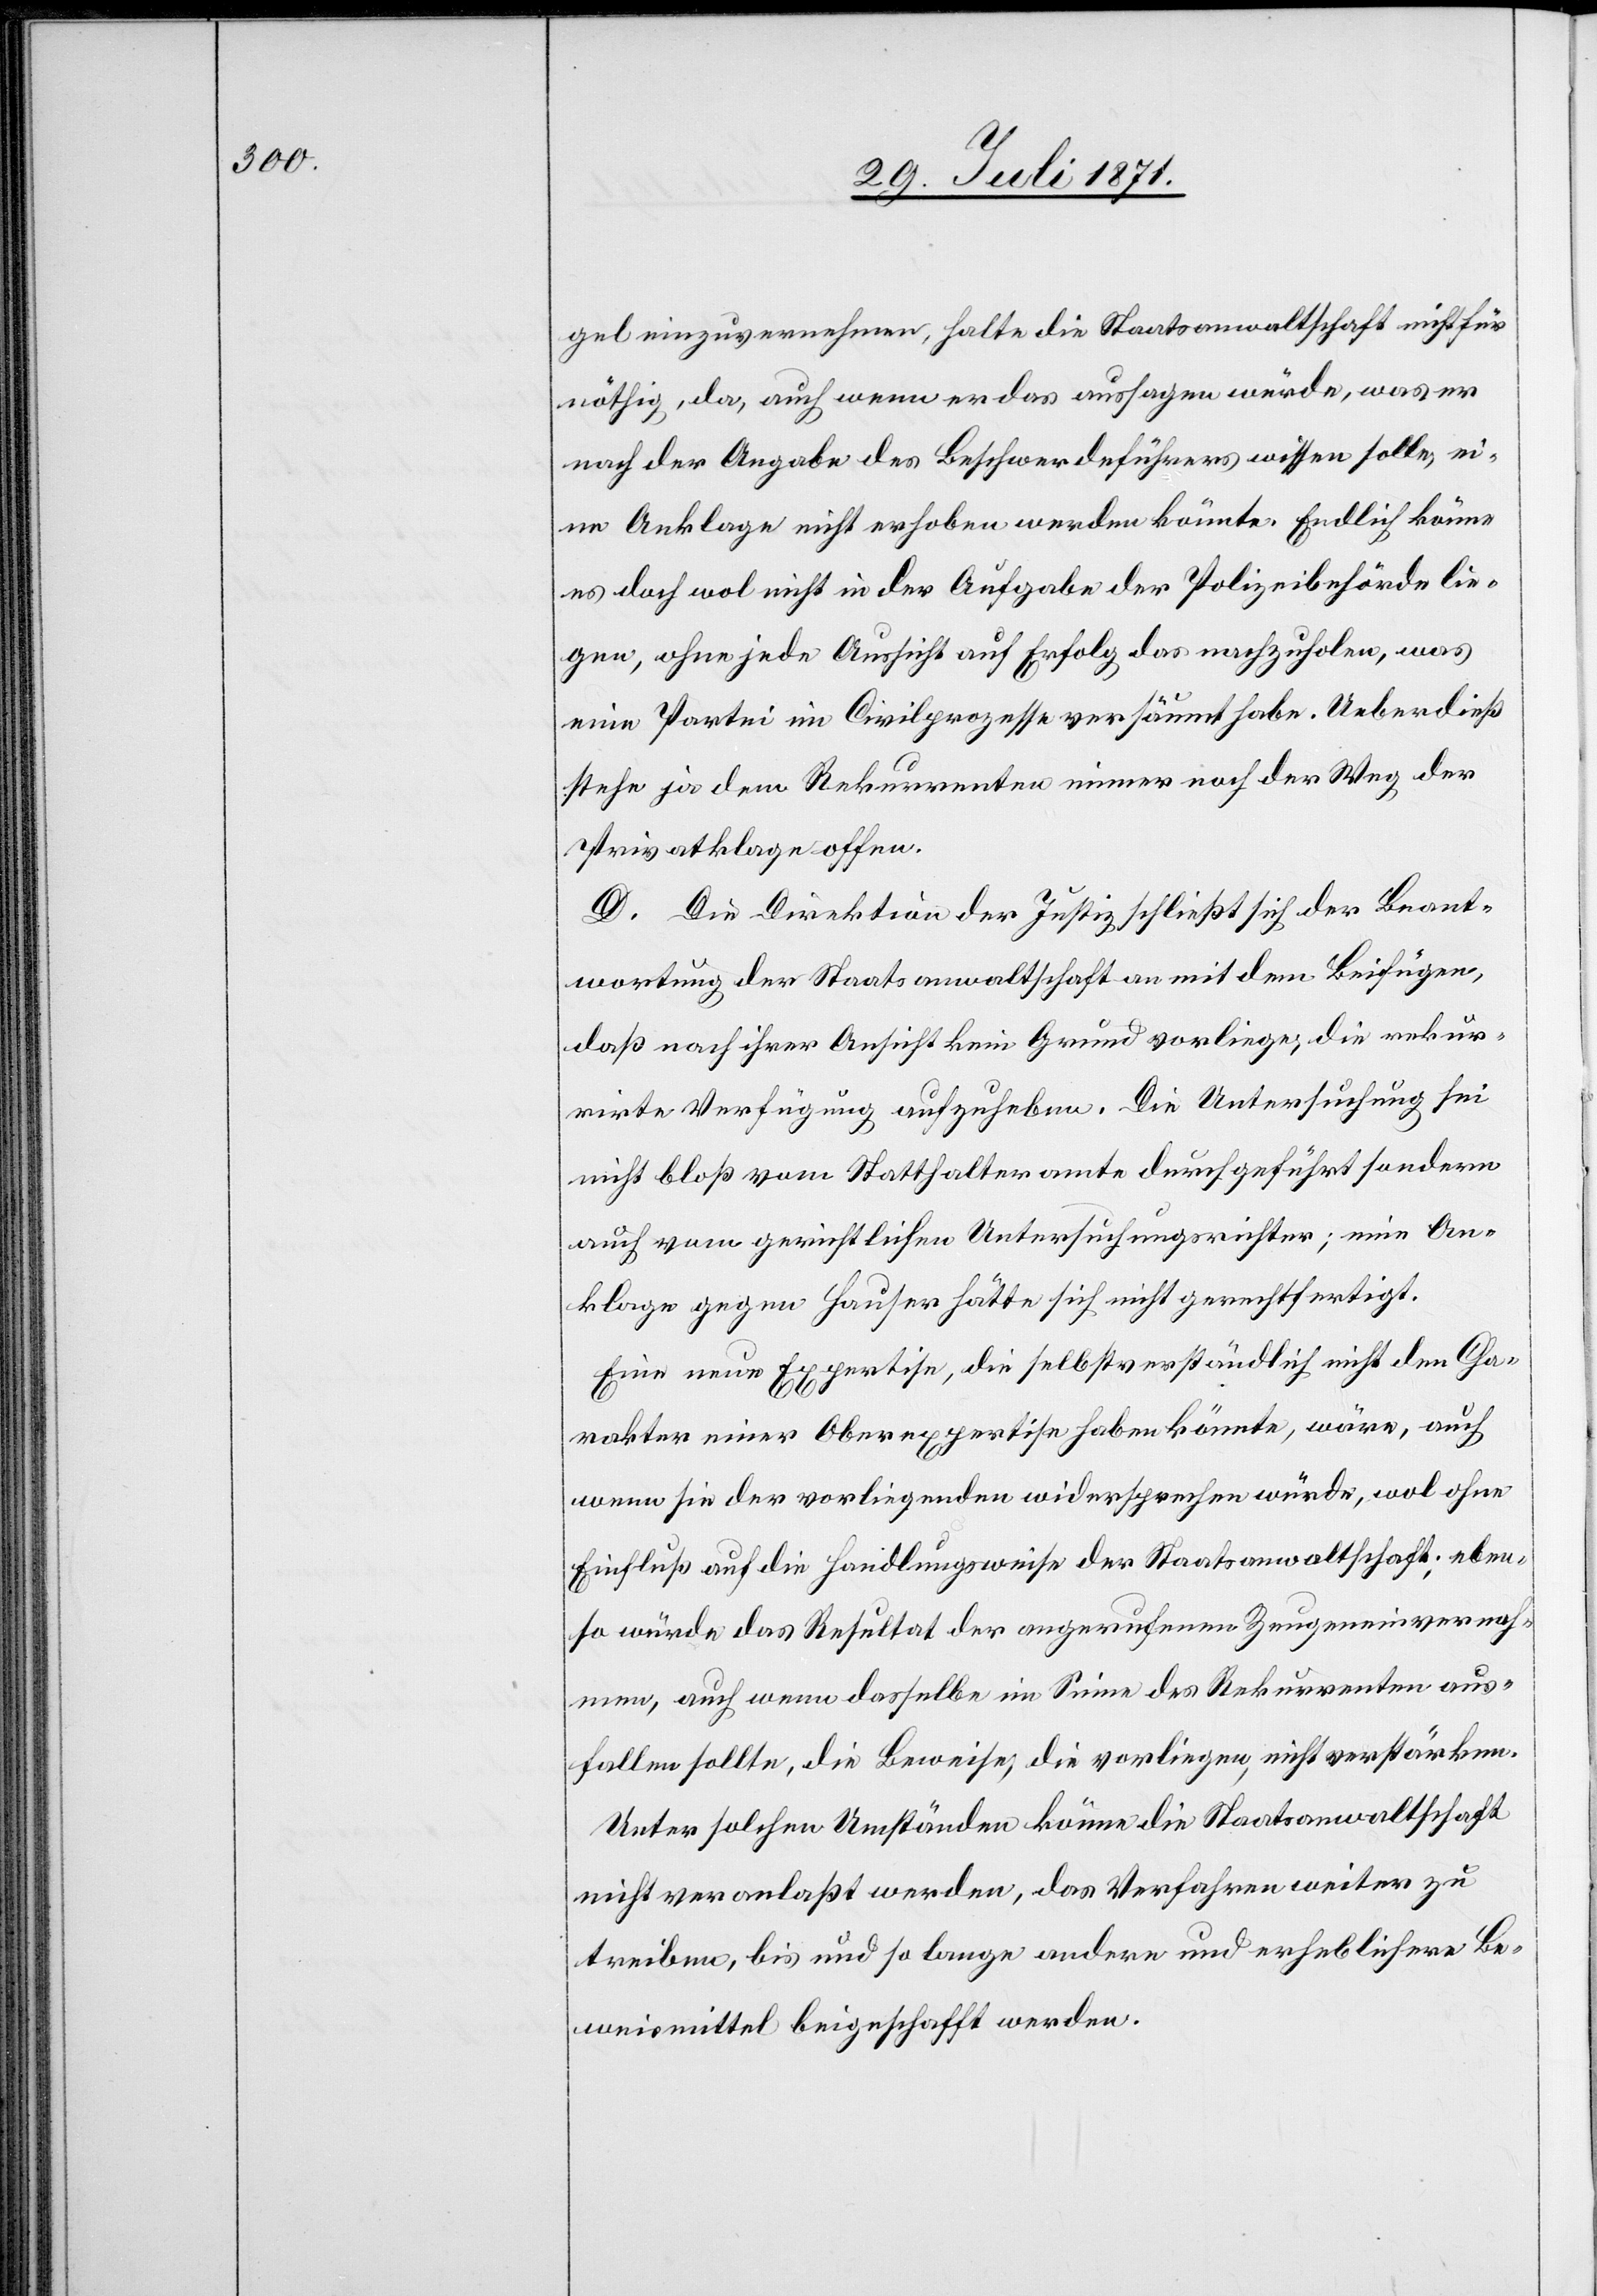
gel einzuvernehmen, halte die Staatsanwaltschaft nicht für
nöthig, da, auch wenn er das aussagen würde, was er
nach der Angabe des Beschwerdeführers wissen solle, ei¬
ne Anklage nicht erhoben werden könnte. Endlich könne
es doch wol nicht in der Aufgabe der Polizeibehörde lie¬
gen, ohne jede Aussicht auf Erfolg das nachzuholen, was
eine Partei im Civilprozesse versäumt habe. Ueberdieß
stehe ja dem Rekurrenten immer noch der Weg der
Privatklage offen.
D. Die Direktion der Justiz schließt sich der Beant¬
wortung der Staatsanwaltschaft an mit dem Beifügen,
daß nach ihrer Ansicht kein Grund vorliege, die rekur¬
rirte Verfügung aufzuheben. Die Untersuchung sei
nicht bloß vom Statthalteramte durchgeführt sondern
auch vom gerichtlichen Untersuchungsrichter; eine An¬
klage gegen Hauser hätte sich nicht gerechtfertigt.
Eine neue Expertise, die selbstverständlich nicht den Cha¬
rakter einer Oberexpertise haben könnte, wäre, auch
wenn sie der vorliegenden widersprechen würde, wol ohne
Einfluß auf die Handlungsweise der Staatsanwaltschaft; eben¬
so würde das Resultat der angerufenen Zeugeneinvernah¬
men, auch wenn dasselbe im Sinne des Rekurrenten aus¬
fallen sollte, die Beweise, die vorliegen, nicht verstärken.
Unter solchen Umständen könne die Staatsanwaltschaft
nicht veranlaßt werden, das Verfahren weiter zu
treiben, bis und so lange andere und erheblichere Be¬
weismittel beigeschafft werden.